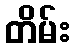
တိမ်း